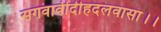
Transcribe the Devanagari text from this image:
सगवावीदीहदलवासा।।